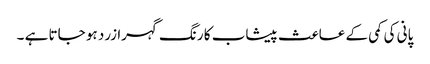
پانی کی کمی کے عاعث پیشاب کا رنگ گہرا زرد ہو جاتا ہے ۔